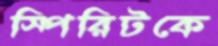
স্পিরিটকে